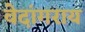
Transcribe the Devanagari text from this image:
वेदांगराय